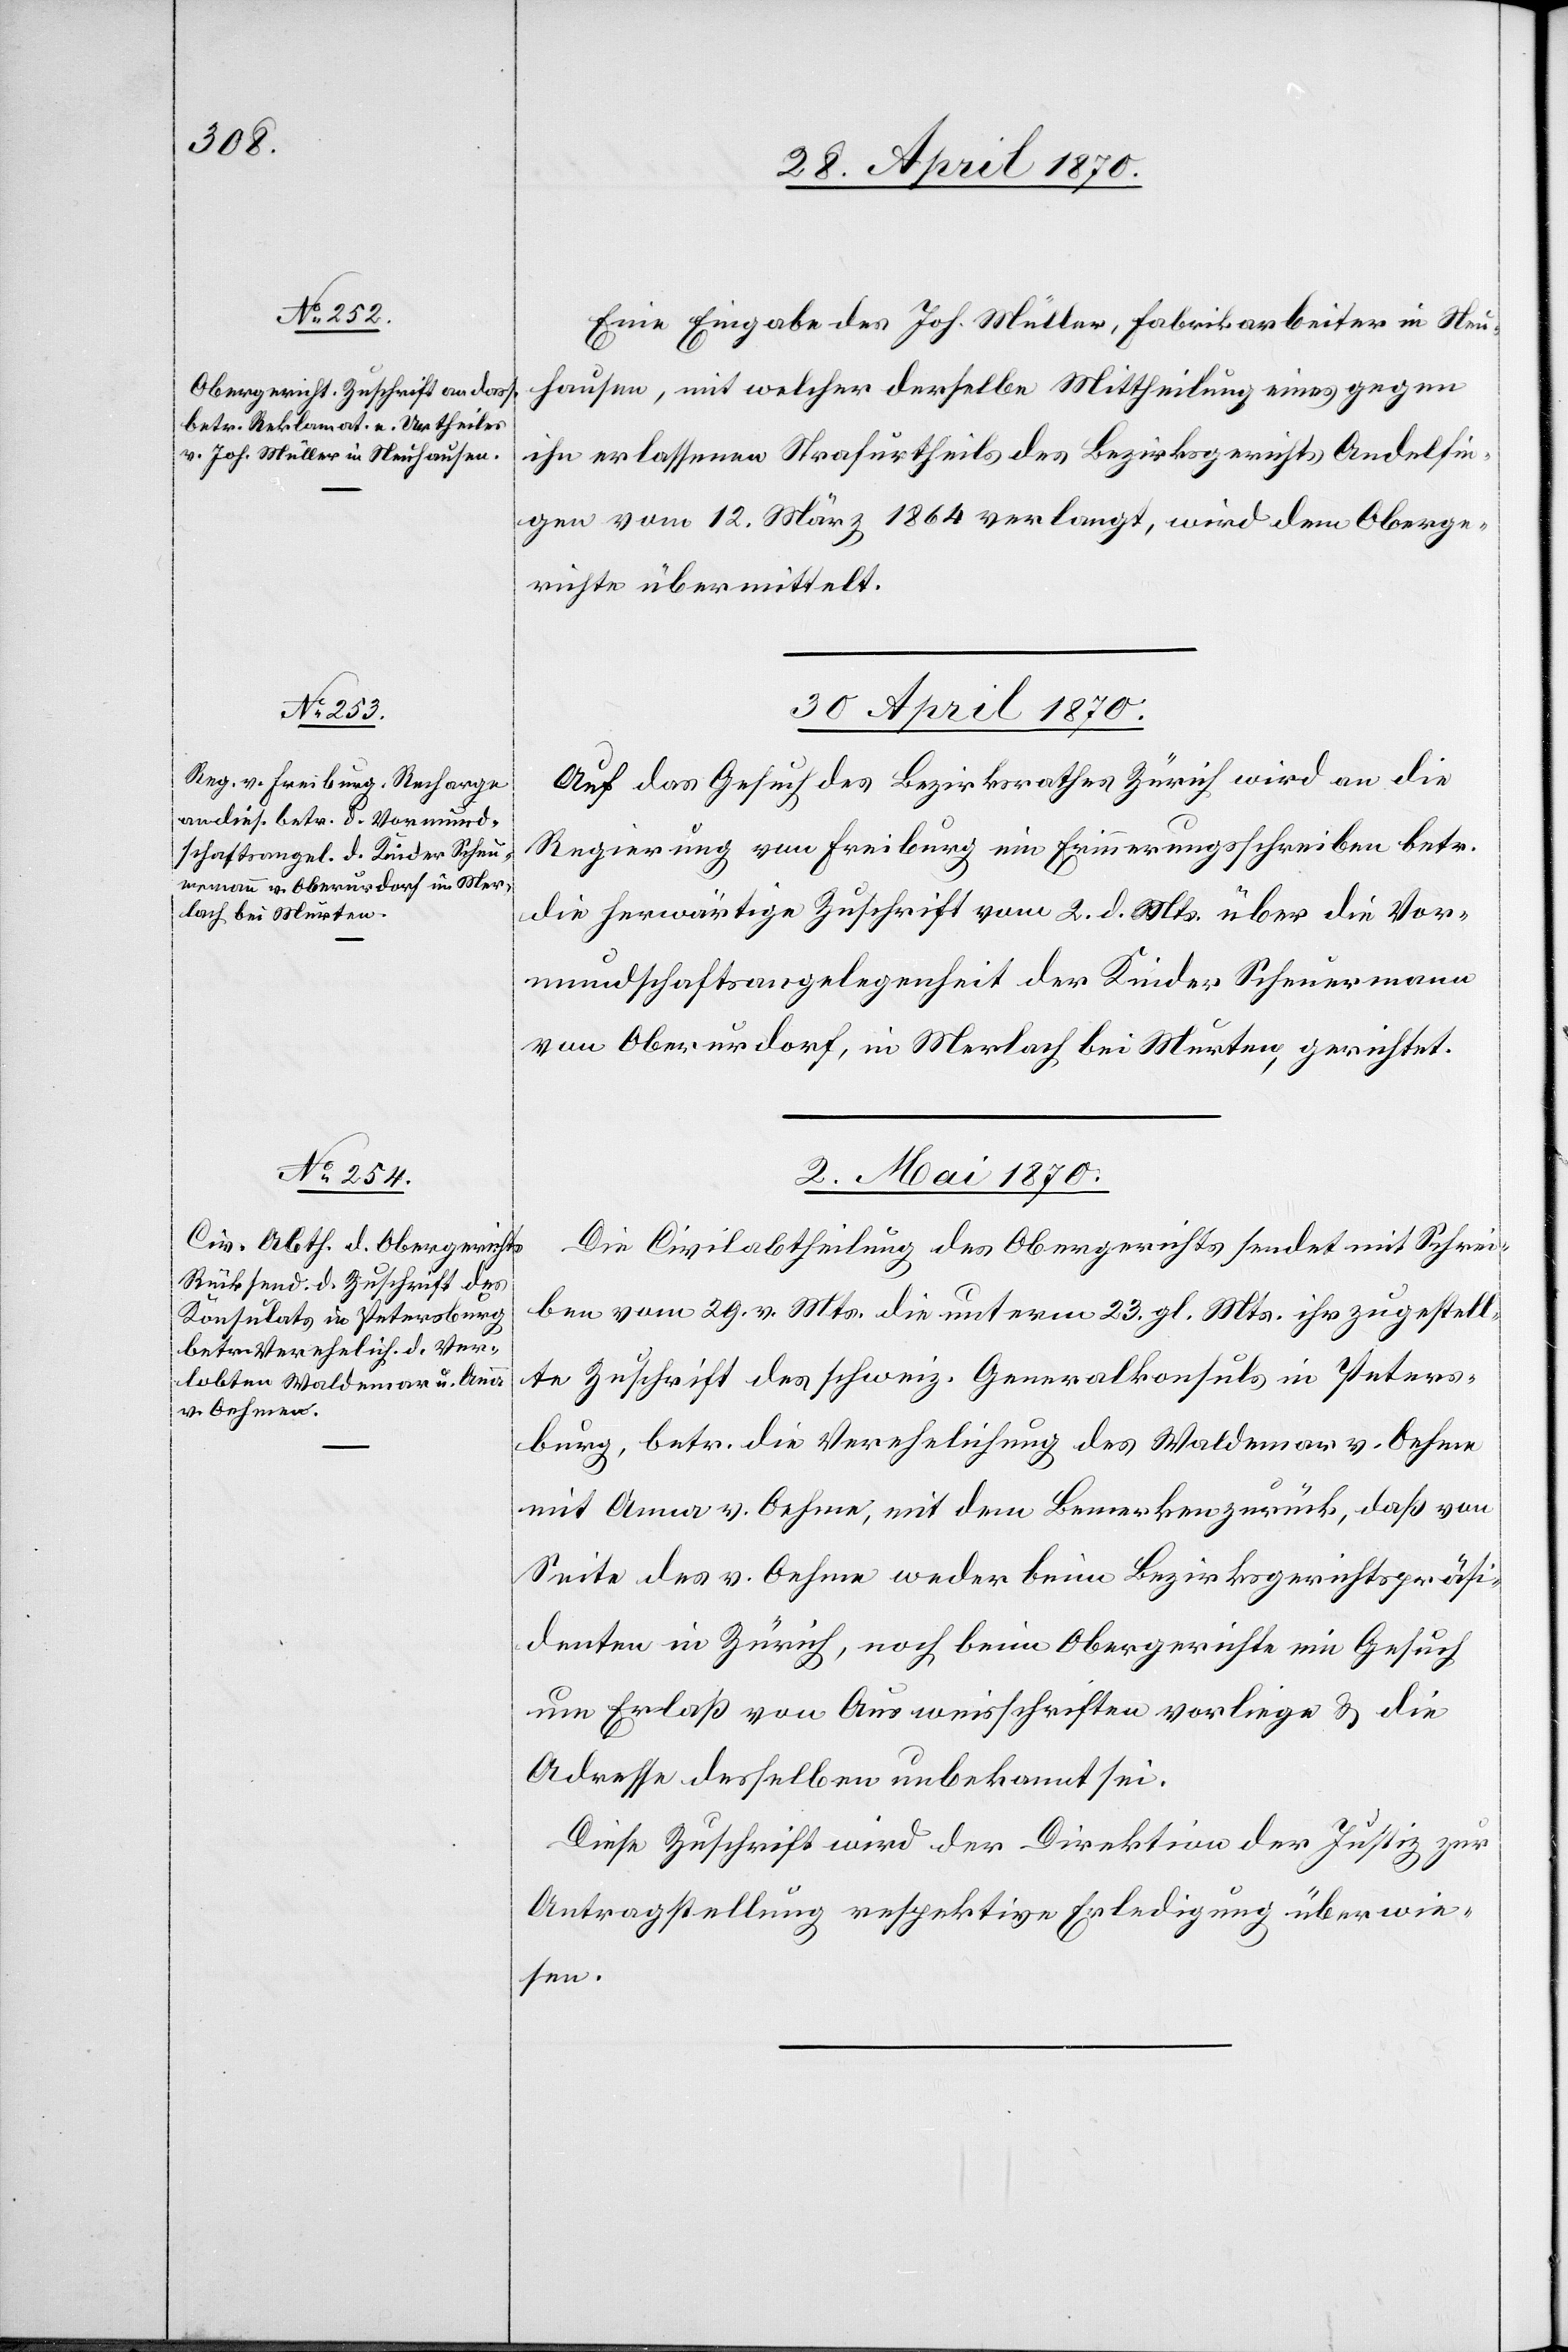
29. April 1870.]
Eine Eingabe des Joh. Müller, Fabrikarbeiter in Neu¬
hausen, mit welcher derselbe Mittheilung eines gegen
ihn erlassenen Strafurtheils des Bezirksgerichts Andelfin¬
gen vom 12. März 1864 verlangt, wird dem Oberge¬
richte übermittelt.
30. April 1870.
Auf das Gesuch des Bezirksrathes Zürich wird an die
Regierung von Freiburg ein Erinnerungsschreiben betr.
die herwärtige Zuschrift vom 2. d. Mts. über die Vor¬
mundschaftsangelegenheit der Kinder Scheuermann
von Oberurdorf, in Merlach bei Murten, gerichtet.
2. Mai 1870.
Die Civilabtheilung des Obergerichts sendet mit Schrei¬
ben vom 29. v. Mts. die unterm 23. gl. Mts. ihr zugestell¬
te Zuschrift des schweiz. Generalkonsuls in Peters¬
burg, betr. die Verehelichung des Waldemar v. Oehne
mit Anna v. Oehne, mit dem Bemerken zurück, daß von
Seite des v. Oehne weder beim Bezirksgerichtspräsi¬
denten in Zürich, noch beim Obergerichte ein Gesuch
um Erlaß von Ausweisschriften vorliege & die
Adresse desselben unbekannt sei.
Diese Zuschrift wird der Direktion der Justiz zur
Antragstellung respektive Erledigung überwie¬
sen.